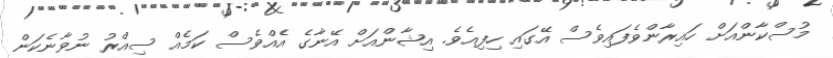
މުސްކާންއަށް ހައިރާންވެފައިވެސް އޭގައި ހިފިއެވެ. އިޝާންއަށް އޭނާގެ އެއްވެސް ކަމެއް ސިއްރު ނުވާނެކަން